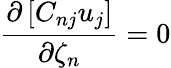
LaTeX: \frac{\partial\left[C_{nj}u_{j}\right]}{\partial\zeta_{n}}=0